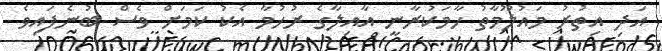
އަދި އިތުރު މައުލޫމާތު ހާމަކުރާނީ އާއިލާގެ ރުހުމާ އެކު ކަމަށް ވެސް ބުނެފައިވެ